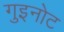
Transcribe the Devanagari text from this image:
गुइनोट